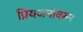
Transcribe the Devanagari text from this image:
प्रियजनांवरून